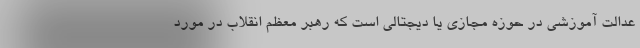
عدالت آموزشی در حوزه مجازی یا دیجتالی است که رهبر معظم انقلاب در مورد